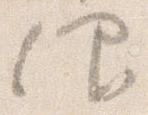
仰